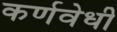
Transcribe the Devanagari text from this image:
कर्णवेधी